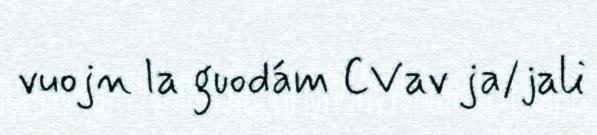
vuojn la guodám CVav ja/jali